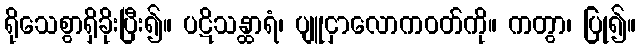
ရိုသေစွာရှိခိုးပြီး၍။ ပဋိသန္ထာရံ၊ ပျူငှာလောကဝတ်ကို။ ကတွာ၊ ပြု၍။